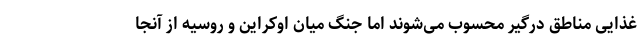
غذایی مناطق درگیر محسوب می‌شوند اما جنگ میان اوکراین و روسیه از آنجا